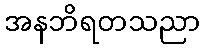
အနဘိရတသညာ